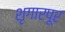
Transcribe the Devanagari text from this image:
शृगारपूर